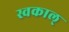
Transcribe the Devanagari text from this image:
स्वकाल्